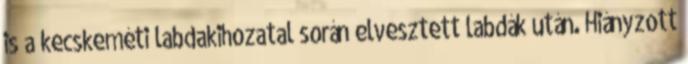
is a kecskeméti labdakihozatal során elvesztett labdák után. Hiányzott